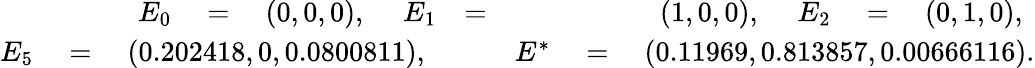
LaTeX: \begin{array}{rlr}{E_{0}\quad=\quad(0,0,0)\mathrm{,~}\quad E_{1}}&{=}&{(1,0,0)\mathrm{,~}\quad E_{2}\quad=\quad(0,1,0)\mathrm{,~}}\\ {E_{5}\quad=\quad(0.202418,0,0.0800811)\mathrm{,~}}&{}&{E^{*}\quad=\quad(0.11969,0.813857,0.00666116).}\end{array}